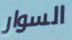
السوار